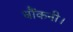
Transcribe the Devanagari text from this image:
धौंकनी।